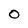
Character: 0